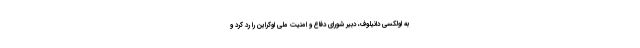
به اولکسی دانیلوف، دبیر شورای دفاع و امنیت ملی اوکراین را رد کرد و